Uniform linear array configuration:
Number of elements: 48
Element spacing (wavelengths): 1
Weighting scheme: cosine
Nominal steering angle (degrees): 15
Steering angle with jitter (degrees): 16.329
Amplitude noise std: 0.05
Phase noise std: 0.05

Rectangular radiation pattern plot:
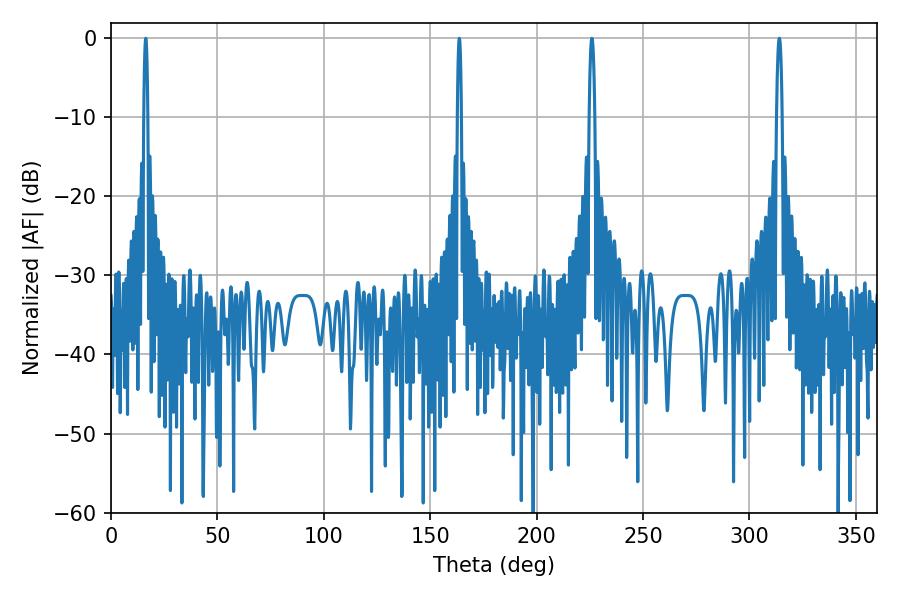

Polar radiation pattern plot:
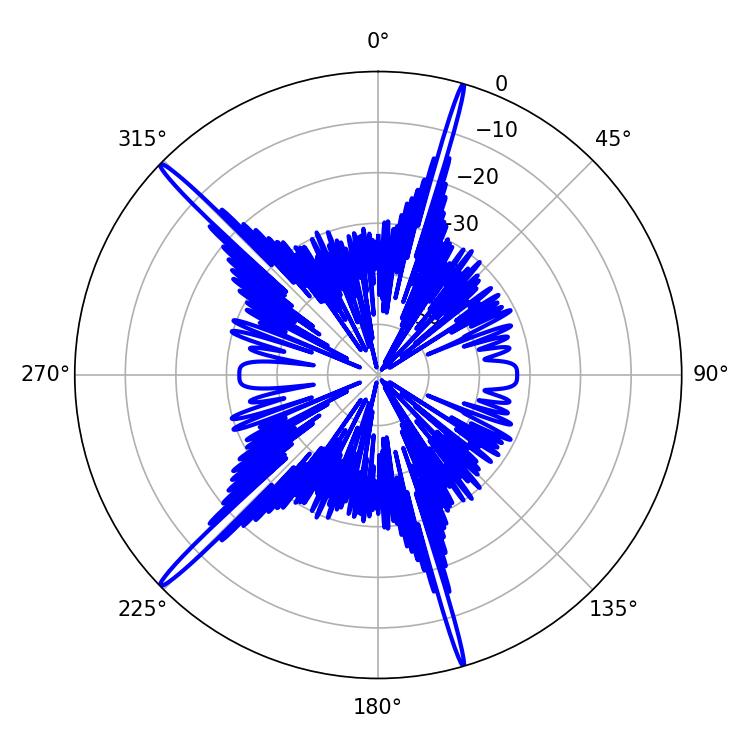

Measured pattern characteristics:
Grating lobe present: TRUE
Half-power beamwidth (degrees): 1.44
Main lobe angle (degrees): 225.9